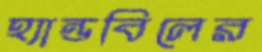
হ্যান্ডবিলের